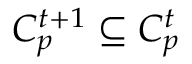
C _ { p } ^ { t + 1 } \subseteq C _ { p } ^ { t }